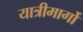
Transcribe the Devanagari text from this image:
यात्रीमार्गो